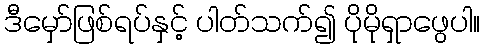
ဒီမှော်ဖြစ်ရပ်နှင့် ပါတ်သက်၍ ပိုမိုရှာဖွေပါ။